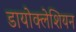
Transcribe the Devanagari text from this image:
डायोक्लेशियन